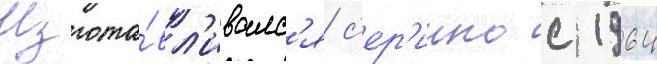
Изгота́вл'ивалс'я с'ер'иино с 1964